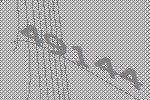
49144